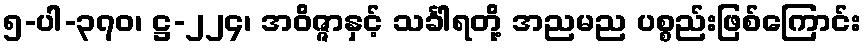
၅-ပါ-၃၇၀၊ ဋ္ဌ-၂၂၄၊ အဝိဇ္ဇာနှင့် သင်္ခါရတို့ အညမည ပစ္စည်းဖြစ်ကြောင်း